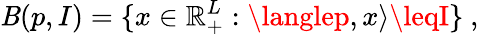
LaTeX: \mathit{B}(p,I)=\{ x\in\mathbb{{R}}_{+}^{L}:\langlep,x\rangle\leqI\} \ ,